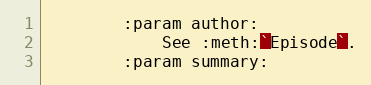
Language: Python
        :param author:
            See :meth:`Episode`.
        :param summary: